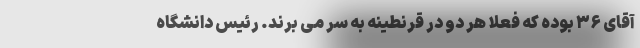
آقای ۳۶ بوده که فعلا هر دو در قرنطینه به سر می برند. رئیس دانشگاه